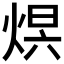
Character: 𤊋